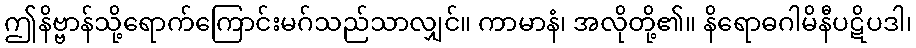
ဤနိဗ္ဗာန်သို့ရောက်ကြောင်းမဂ်သည်သာလျှင်။ ကာမာနံ၊ အလိုတို့၏။ နိရောဓဂါမိနီပဋိပဒါ၊